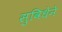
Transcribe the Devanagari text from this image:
सुविधेने